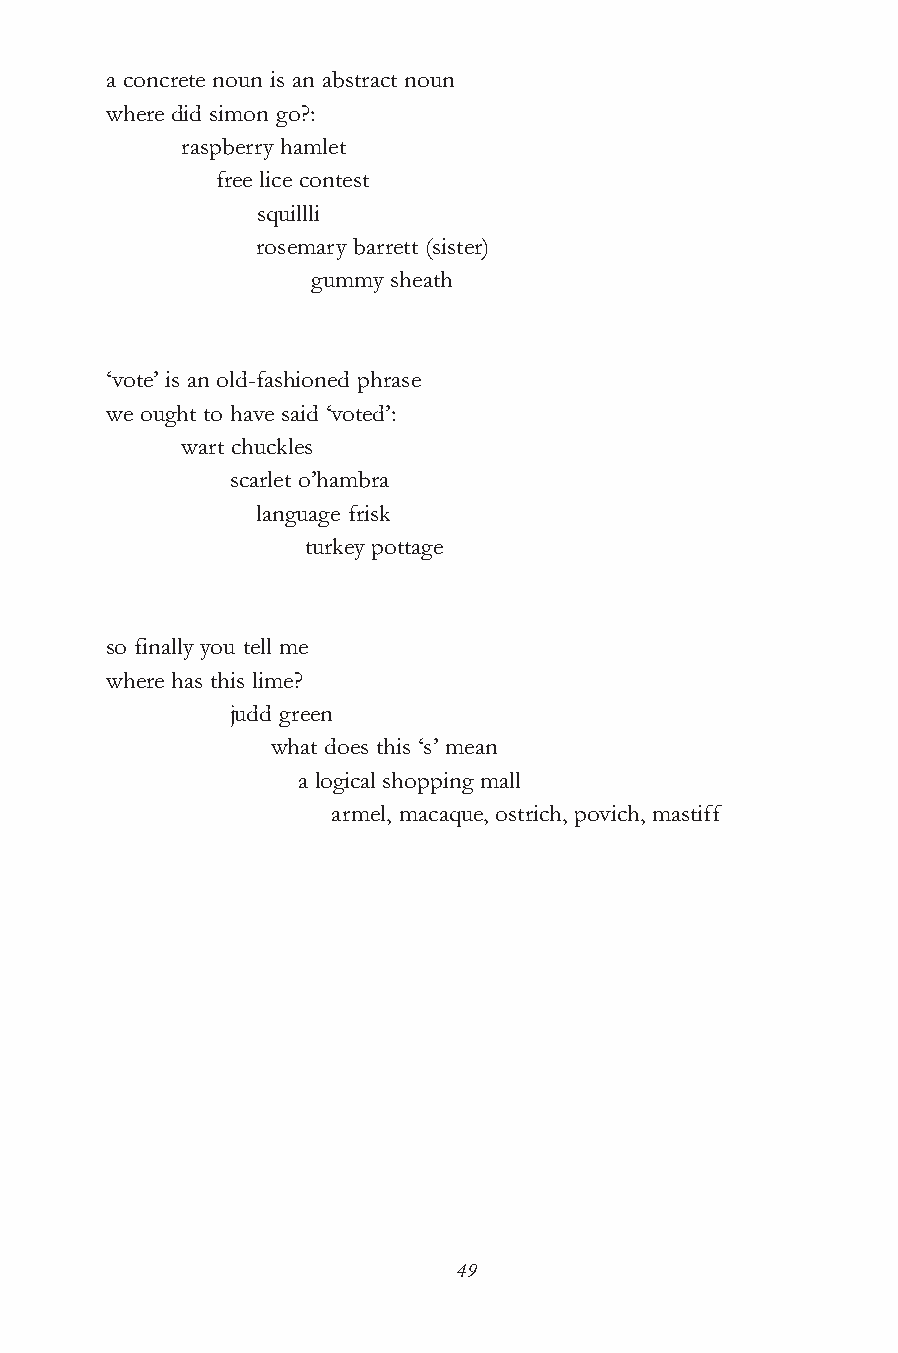
a concrete noun is an abstract noun
 where did simon go?:
 raspberry hamlet
 free lice contest
 squillli
 rosemary barrett (sister)
 gummy sheath
 ‘vote’ is an old-fashioned phrase
 we ought to have said ‘voted’:
 wart chuckles
 scarlet o’hambra
 language frisk
 turkey pottage
 so finally you tell me
 where has this lime?
 judd green
 what does this ‘s’ mean
 a logical shopping mall
 armel, macaque, ostrich, povich, mastiff
 49